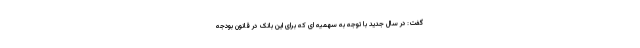
گفت: در سال جدید با توجه به سهمیه ای که برای این بانک در قانون بودجه